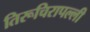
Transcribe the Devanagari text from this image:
तिरूचिरापल्‍ली